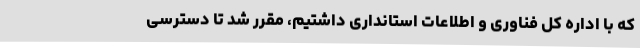
که با اداره کل فناوری و اطلاعات استانداری داشتیم، مقرر شد تا دسترسی